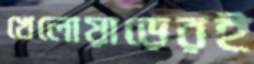
খেলোয়াড়েরই